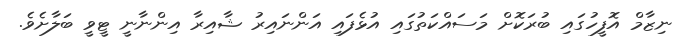
ނިޒާމް އޮފީހުގައި ބުރަކޮށް މަސައްކަތުގައި އުޅެފައި އަންނައިރު ޝާއިރާ އިންނާނީ ޓީވީ ބަލާށެވެ.